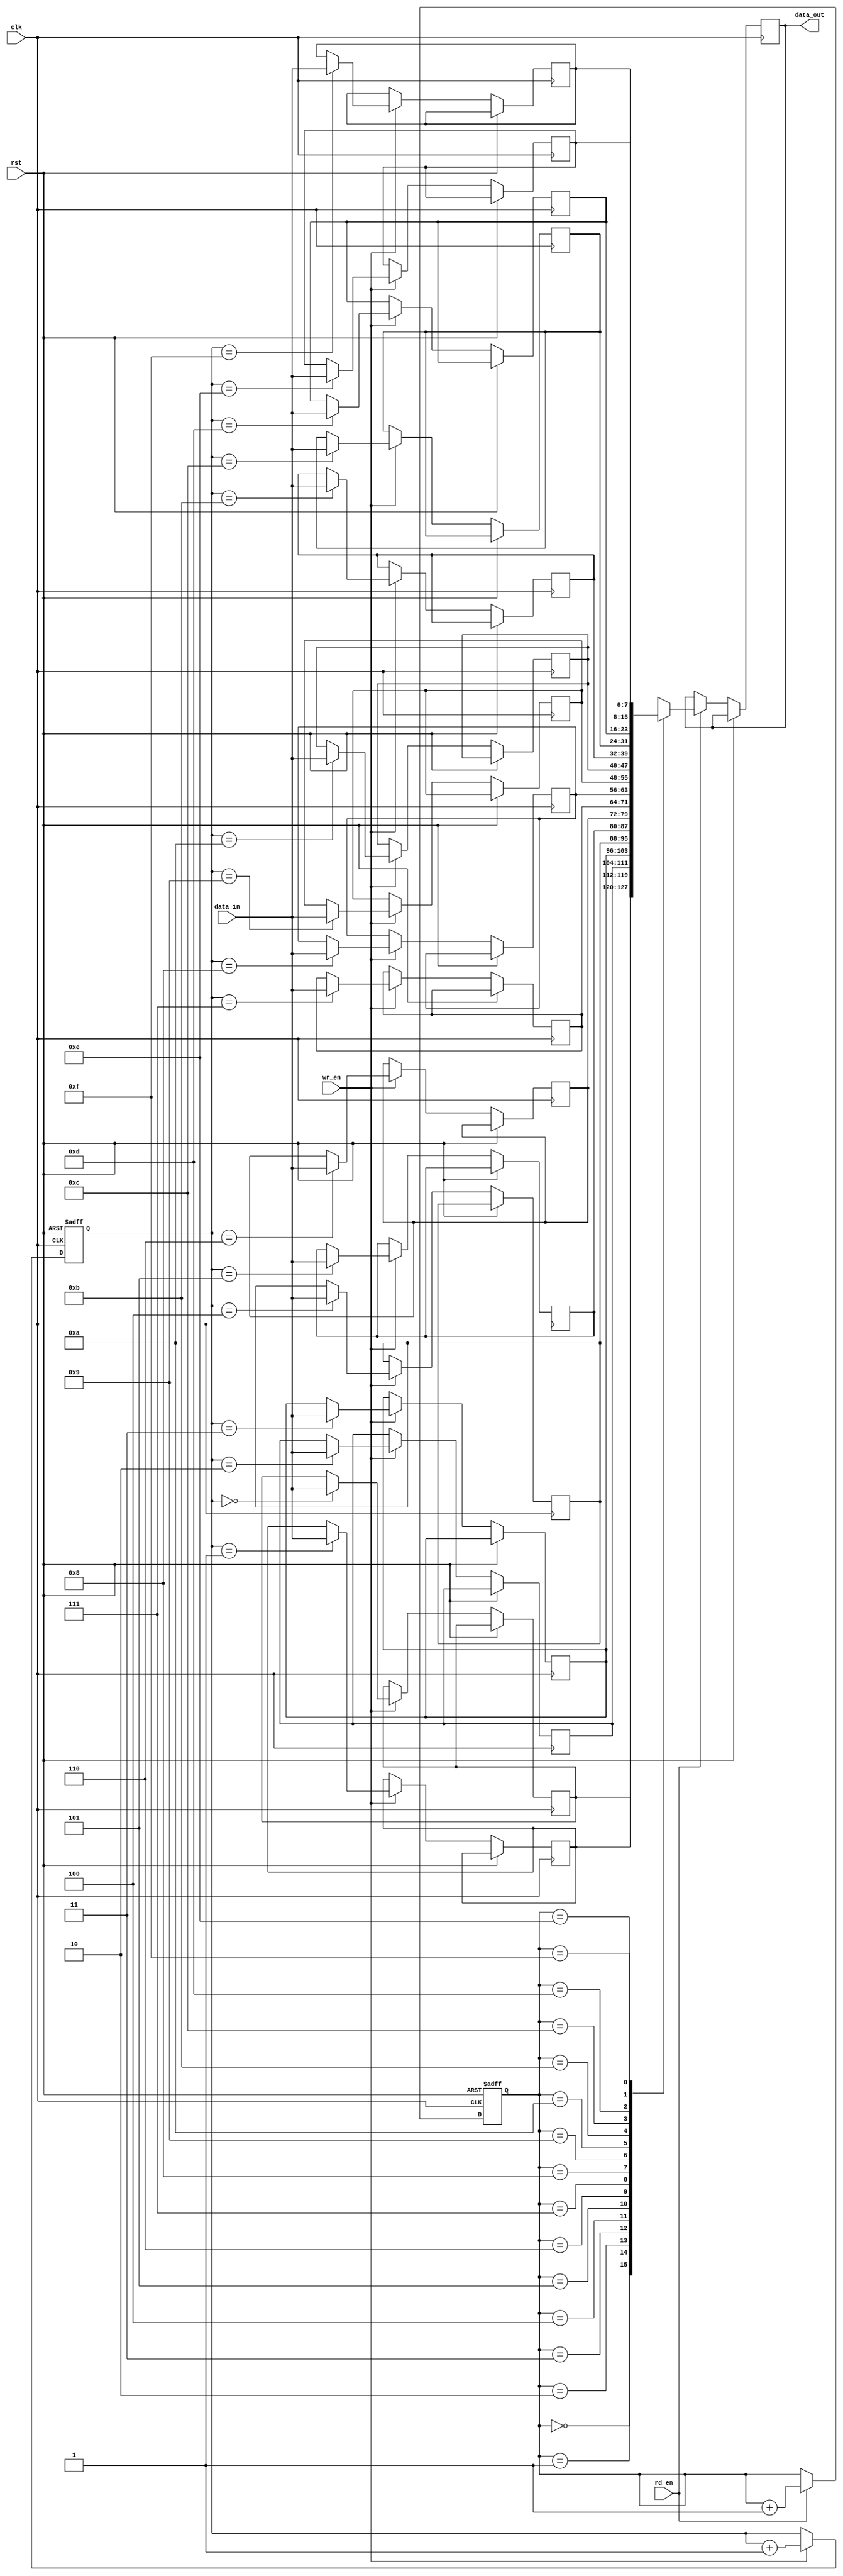
module fifo (
    input wire clk,
    input wire rst,
    input wire wr_en,
    input wire rd_en,
    input wire [7:0] data_in,
    output reg [7:0] data_out
);

parameter DEPTH = 16;

reg [7:0] fifo_mem [0:DEPTH-1];
reg [3:0] wr_ptr;
reg [3:0] rd_ptr;

always @(posedge clk or posedge rst) begin
    if (rst) begin
        wr_ptr <= 0;
        rd_ptr <= 0;
    end else begin
        if (wr_en) begin
            fifo_mem[wr_ptr] <= data_in;
            wr_ptr <= wr_ptr + 1;
        end
        if (rd_en) begin
            data_out <= fifo_mem[rd_ptr];
            rd_ptr <= rd_ptr + 1;
        end
    end
end

endmodule